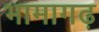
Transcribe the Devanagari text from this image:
भामागढ़